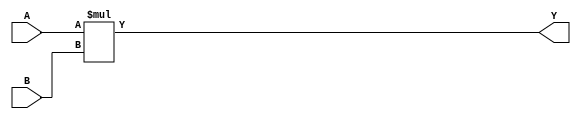
module ParamMultiplier #(
    parameter WIDTH_A = 8,    // Width of operand A
    parameter WIDTH_B = 8,    // Width of operand B
    parameter WIDTH_Y = WIDTH_A + WIDTH_B // Width of output Y
) (
    input  wire signed [WIDTH_A-1:0] A, // Operand A
    input  wire signed [WIDTH_B-1:0] B, // Operand B
    output reg  signed [WIDTH_Y-1:0] Y   // Output product
);

    always @(*) begin
        Y = A * B; // Behavioral multiplication
    end

endmodule